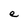
Character: e